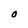
Character: O